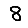
Digit: 8